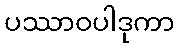
ပဿာဝပါဒုကာ